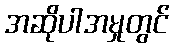
အဆိုပါအမှုတွင်